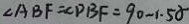
\angle A B F = \angle P B F = 9 0 - 1 . 5 \alpha